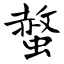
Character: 螫